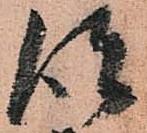
彼